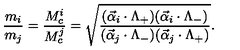
\frac { m _ { i } } { m _ { j } } = \frac { M _ { c } ^ { i } } { M _ { c } ^ { j } } = \sqrt { \frac { ( \vec { \alpha } _ { i } \cdot \Lambda _ { + } ) ( \vec { \alpha } _ { i } \cdot \Lambda _ { - } ) } { ( \vec { \alpha } _ { j } \cdot \Lambda _ { - } ) ( \vec { \alpha } _ { j } \cdot \Lambda _ { + } ) } } .